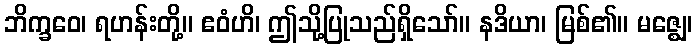
ဘိက္ခဝေ၊ ရဟန်းတို့။ ဧဝံဟိ၊ ဤသို့ပြုသည်ရှိသော်။ နဒိယာ၊ မြစ်၏။ မဇ္ဈေ၊